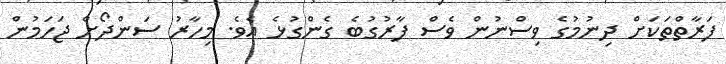
ފަރާތްތަކަށް ދިނުމުގެ ވިސްނުން ވެސް ފާރުގުބެ ގެންގުޅެ އެވެ. މިހާރު ސަންދޯށް ޖަހަމުން